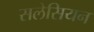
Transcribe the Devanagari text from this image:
सलेसियन